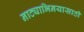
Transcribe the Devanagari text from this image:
नाट्याभिनयासाठी